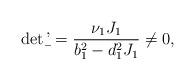
LaTeX: \begin{align*} \det \b' = \frac{\nu_1 J_1}{b_1^2 - d_1^2 J_1} \ne 0,\end{align*}